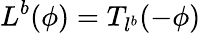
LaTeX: L^{b}(\phi)=T_{l^{b}}(-\phi)